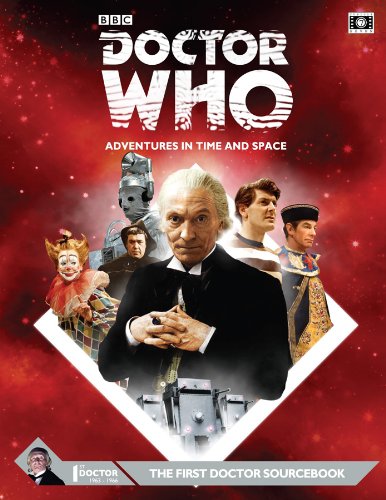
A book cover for Dr Who First Doctor Sourcebook; Cubicle 7 Entertainment Ltd; Science Fiction & Fantasy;